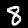
Digit: 8